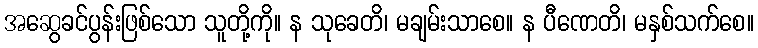
အဆွေခင်ပွန်းဖြစ်သော သူတို့ကို။ န သုခေတိ၊ မချမ်းသာစေ။ န ပီဏေတိ၊ မနှစ်သက်စေ။